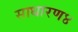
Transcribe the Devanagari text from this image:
साधारण४